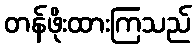
တန်ဖိုးထားကြသည်